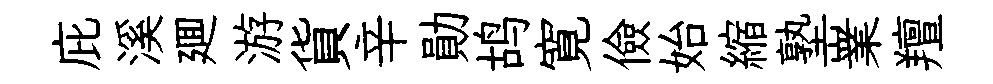
庇溪廽游貨辛勛鸪寛儉始縮塾嶪羶